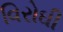
વિરોઘી